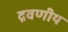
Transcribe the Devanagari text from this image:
द्रवणीय